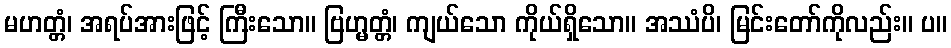
မဟတ္တံ၊ အရပ်အားဖြင့် ကြီးသော။ ဗြဟ္မတ္တံ၊ ကျယ်သော ကိုယ်ရှိသော။ အဿံပိ၊ မြင်းတော်ကိုလည်း။ ပ။